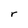
Character: r